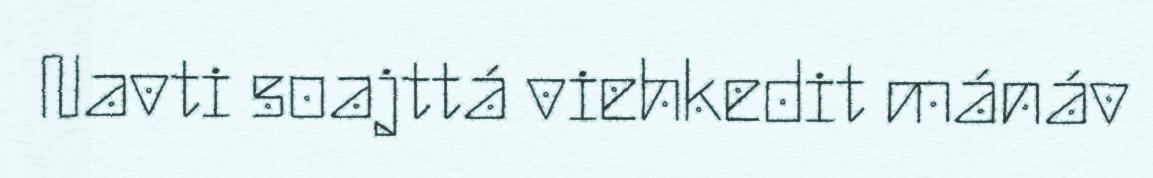
Navti soajttá viehkedit mánáv